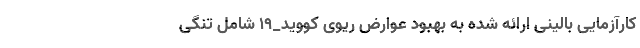
کارآزمایی بالینی ارائه شده به بهبود عوارض ریوی کووید_١٩ شامل تنگی